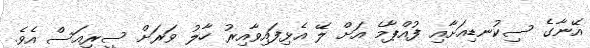
އޭނާގެ ސިކުނޑިއަށާއި ފުއްޕާމެ އަށް ލޭ އެޅިފައިވާއިރު ހާލު ވަރަށް ސީރިއަސް އެވެ.